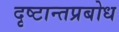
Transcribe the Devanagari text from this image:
दृष्टान्तप्रबोध